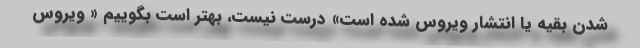
شدن بقیه یا انتشار ویروس شده است» درست نیست، بهتر است بگوییم « ویروس